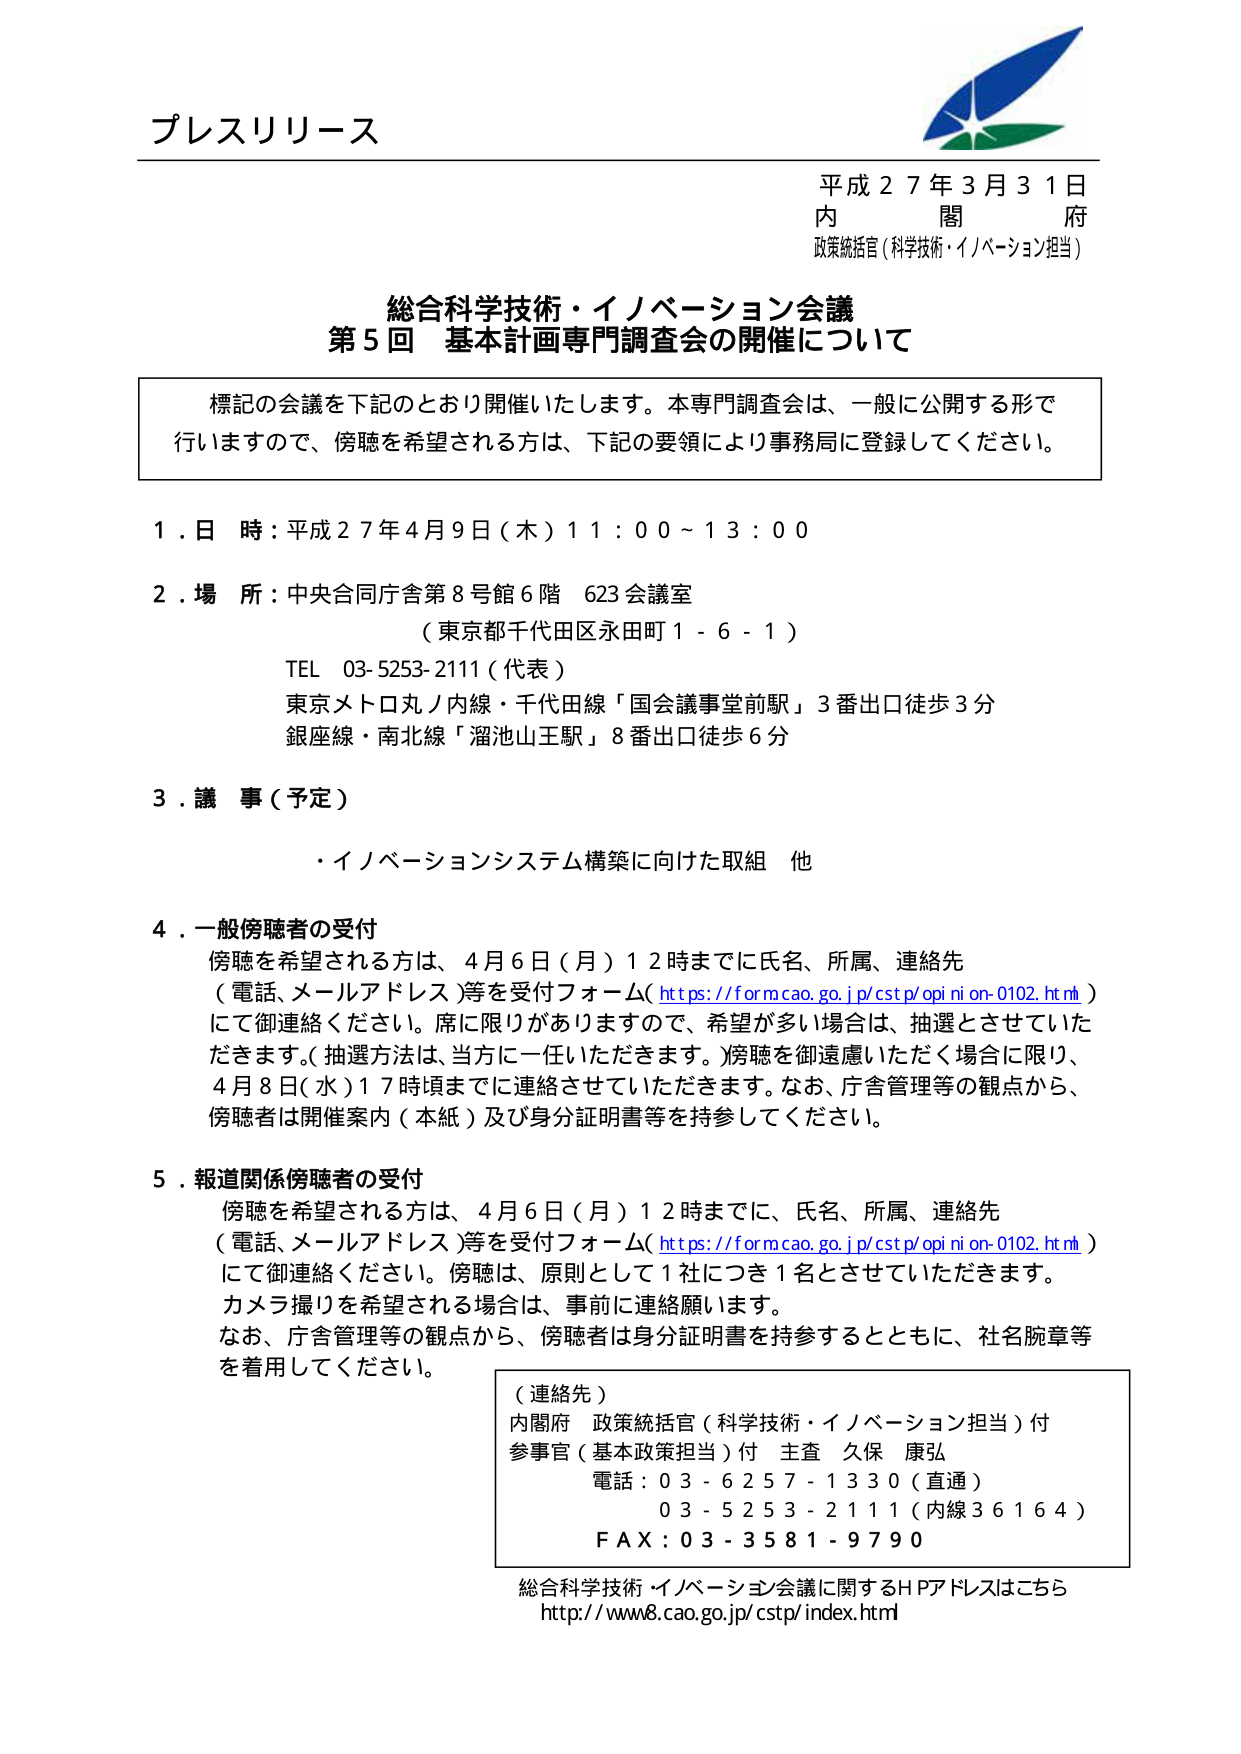
プレスリリース

平成27年3月31日
内 閣 府
政策統括官（科学技術・イノベーション担当）

総合科学技術・イノベーション会議
第5回 基本計画専門調査会の開催について

標記の会議を下記のとおり開催いたします。本専門調査会は、一般に公開する形で
行いますので、傍聴を希望される方は、下記の要領により事務局に登録してください。

1．日 時：平成27年4月9日（木）11：00～13：00

2．場 所：中央合同庁舎第8号館6階 623会議室
（東京都千代田区永田町1-6-1）
TEL 03-5253-2111（代表）
東京メトロ丸ノ内線・千代田線「国会議事堂前駅」3番出口徒歩3分
銀座線・南北線「溜池山王駅」8番出口徒歩6分

3．議 事（予定）
・イノベーションシステム構築に向けた取組 他

4．一般傍聴者の受付
傍聴を希望される方は、4月6日（月）12時までに氏名、所属、連絡先
（電話、メールアドレス）等を受付フォーム（https://form.cao.go.jp/cstp/opinion-0102.html）
にて御連絡ください。席に限りがありますので、希望が多い場合は、抽選とさせていただきます。（抽選方法は、当方に一任いただきます。）傍聴を御遠慮いただく場合に限り、
4月8日（水）17時頃までに連絡させていただきます。なお、庁舎管理等の観点から、
傍聴者は開催案内（本紙）及び身分証明書等を持参してください。

5．報道関係傍聴者の受付
傍聴を希望される方は、4月6日（月）12時までに、氏名、所属、連絡先
（電話、メールアドレス）等を受付フォーム（https://form.cao.go.jp/cstp/opinion-0102.html）
にて御連絡ください。傍聴は、原則として1社につき1名とさせていただきます。
カメラ撮りを希望される場合は、事前に連絡願います。
なお、庁舎管理等の観点から、傍聴者は身分証明書を持参するとともに、社名腕章等
を着用してください。

（連絡先）
内閣府 政策統括官（科学技術・イノベーション担当）付
参事官（基本政策担当）付 主査 久保 康弘
電話：03-6257-1330（直通）
　　　03-5253-2111（内線36164）
FAX：03-3581-9790

総合科学技術・イノベーション会議に関するHPアドレスはこちら
http://www8.cao.go.jp/cstp/index.html